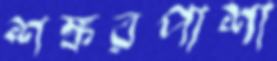
শঙ্করপাশা